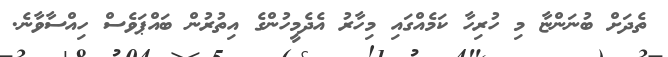
ތެދަށް ބުނަންޏާ މި ހުރިހާ ކަމެއްގައި މިހާރު އެދެމީހުންގެ އިތުރުން ބައްޕަވެސް ހިއްސާވާނެ.